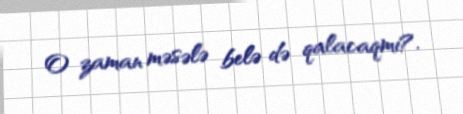
O zaman məsələ belə də qalacaqmı?.